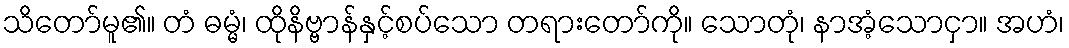
သိတော်မူ၏။ တံ ဓမ္မံ၊ ထိုနိဗ္ဗာန်နှင့်စပ်သော တရားတော်ကို။ သောတုံ၊ နာအံ့သောငှာ။ အဟံ၊